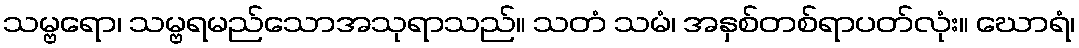
သမ္ဗရော၊ သမ္ဗရမည်သောအသုရာသည်။ သတံ သမံ၊ အနှစ်တစ်ရာပတ်လုံး။ ဃောရံ၊